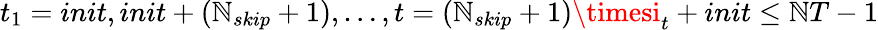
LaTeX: t_{1}=init,init+(\mathbb{N}_{skip}+1),\ldots,t=(\mathbb{N}_{skip}+1)\timesi_{t}+init\le\mathbb{N}T-1